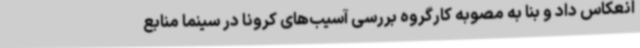
انعکاس داد و بنا به مصوبه کارگروه بررسی آسیب‌های کرونا در سینما منابع